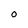
Character: O